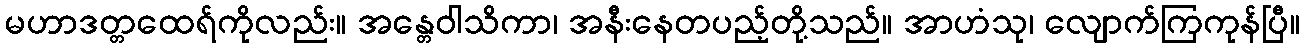
မဟာဒတ္တထေရ်ကိုလည်း။ အန္တေဝါသိကာ၊ အနီးနေတပည့်တို့သည်။ အာဟံသု၊ လျောက်ကြကုန်ပြီ။